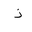
Letter: _thal